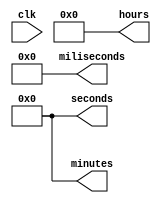
module relogioCount(clk, miliseconds, seconds, minutes, hours);
	input clk;
	output [8:0] miliseconds;
	output [7:0] seconds;
	output [7:0] minutes;
	output [6:0] hours;
	reg [8:0] cnt_miliseconds=0;
	reg [7:0] cnt_seconds=0;
	reg [7:0] cnt_minutes=0;
	reg [6:0] cnt_hours=0;
	
	assign miliseconds = cnt_miliseconds;
	assign seconds = cnt_seconds;
	assign minutes = cnt_minutes;
	assign hours = cnt_hours;
	
	always@(posedge clk) begin
		cnt_miliseconds = cnt_miliseconds + 1;
	end
		
	always@(cnt_miliseconds) begin
		if(cnt_miliseconds == 8'b01100100)
		begin
		cnt_miliseconds <= 8'b00000000;
		cnt_seconds = cnt_seconds + 1;
		end
	end
	
	always@(cnt_seconds) begin
		if(cnt_seconds == 7'b0111100)
		begin
		cnt_seconds <= 7'b0000000;
		cnt_minutes = cnt_minutes + 1;
		end
	end
	
	always@(cnt_minutes) begin
		if(cnt_minutes == 7'b0111100)
		begin
		cnt_minutes = 0;
		cnt_hours = cnt_hours + 1;
		end
	end
	
	always@(cnt_hours) begin
		if(cnt_hours == 6'b011000) cnt_hours = 0;		
	end
		
	endmodule